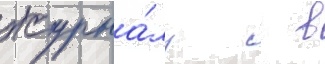
журна́лу   в